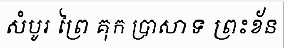
សំបូរ ព្រៃ គុក ប្រាសាទ ព្រះខ័ន